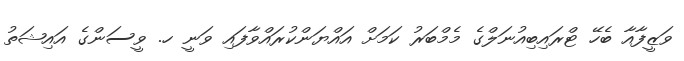
ވަޒީފާއާ ބެހޭ ޓްރައިބިއުނަލްގެ މެމްބަރު ކަމަށް އައްޔަންކުރައްވާފައި ވަނީ ހ. ވީސަންގެ އައިޝަތު